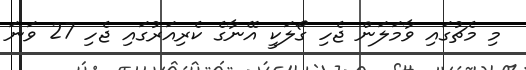
މި މެޗުގައި ވާމަލަން ޖެހި ގޯލަކީ އޭނާގެ ކެރިއަރުގައި ޖެހި 27 ވަނަ